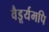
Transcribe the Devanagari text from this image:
वैडूर्यमपि